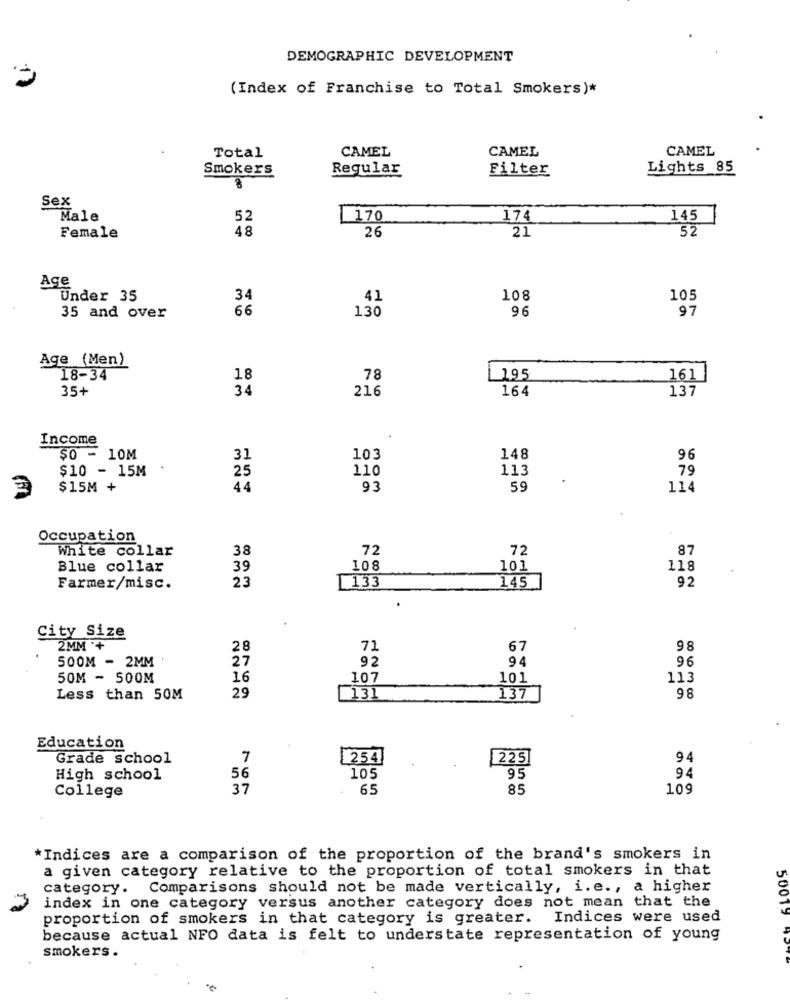
DEMOGRAPHIC DEVELOPMENT
(Index of Franchise to Total Smokers)*
CAMEL
CAMEL
CAMEL
Total
Smokers
Regular
Filter
Lights 85
Sex
Male
52
170
174
145
48
26
21
52
Female
Age
Under 35
34
41
108
105
66
130
96
97
35 and over
Age (Men)
18-34
18
78
195
161
35+
34
216
164
137
Income
$0 - 10M
31
103
148
96
$10 - 15M
25
110
113
79
$15M +
4.4
93
59
114
Occupation
White collar
38
72
72
87
Blue collar
39
108
101
118
23
1 133
92
Farmer/misc.
145
City Size
2MM +
28
71
67
98
500M - 2MM
27
92
94
96
50M - 500M
16
107
101
113
Less than 50M
29
[13]
137
98
Education
Grade school
7
254
225
94
56
94
High school
105
95
37
65
85
109
College
*Indices are a comparison of the proportion of the brand's smokers in
a given category relative to the proportion of total smokers in that
category. Comparisons should not be made vertically, i.e ., a higher
index in one category versus another category does not mean that the
proportion of smokers in that category is greater. Indices were used
50019
because actual NFO data is felt to understate representation of young
smokers .